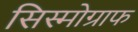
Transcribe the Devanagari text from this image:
सिस्मोग्राफ